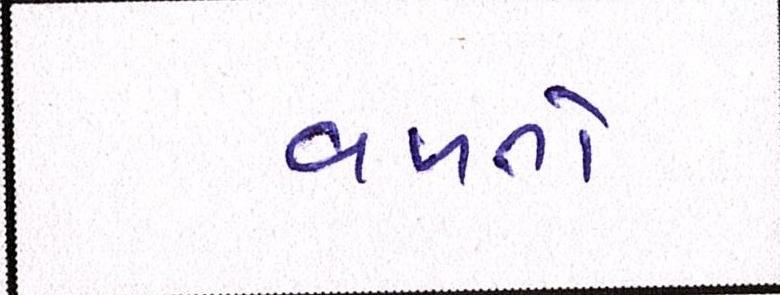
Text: વળતો